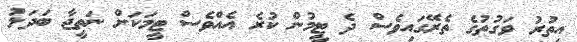
އިތުރު ވަގުތުގެ ތެރޭގައިވެސް ދެ ޓީމުން ކުރެ އެއްވެސް ޓީމަކަށް ނަތީޖާ ބަދަލު